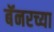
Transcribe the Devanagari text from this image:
बॅनरच्या